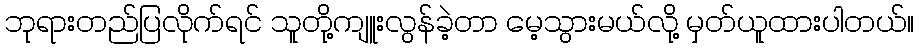
ဘုရားတည်ပြလိုက်ရင် သူတို့ကျူးလွန်ခဲ့တာ မေ့သွားမယ်လို့ မှတ်ယူထားပါတယ်။